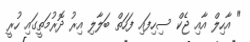
" އާހިލް އާއި ޖެކް ސިހިފައި ފަހަތް ބަލާލި އިރު ދޮރުމަތީގައި ހުރީ